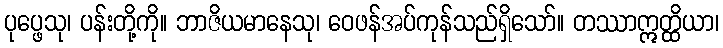
ပုပ္ဖေသု၊ ပန်းတို့ကို။ ဘာဇိယမာနေသု၊ ဝေဖန်အပ်ကုန်သည်ရှိသော်။ တဿာဣတ္ထိယာ၊